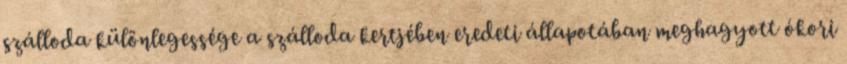
szálloda különlegessége a szálloda kertjében eredeti állapotában meghagyott ókori